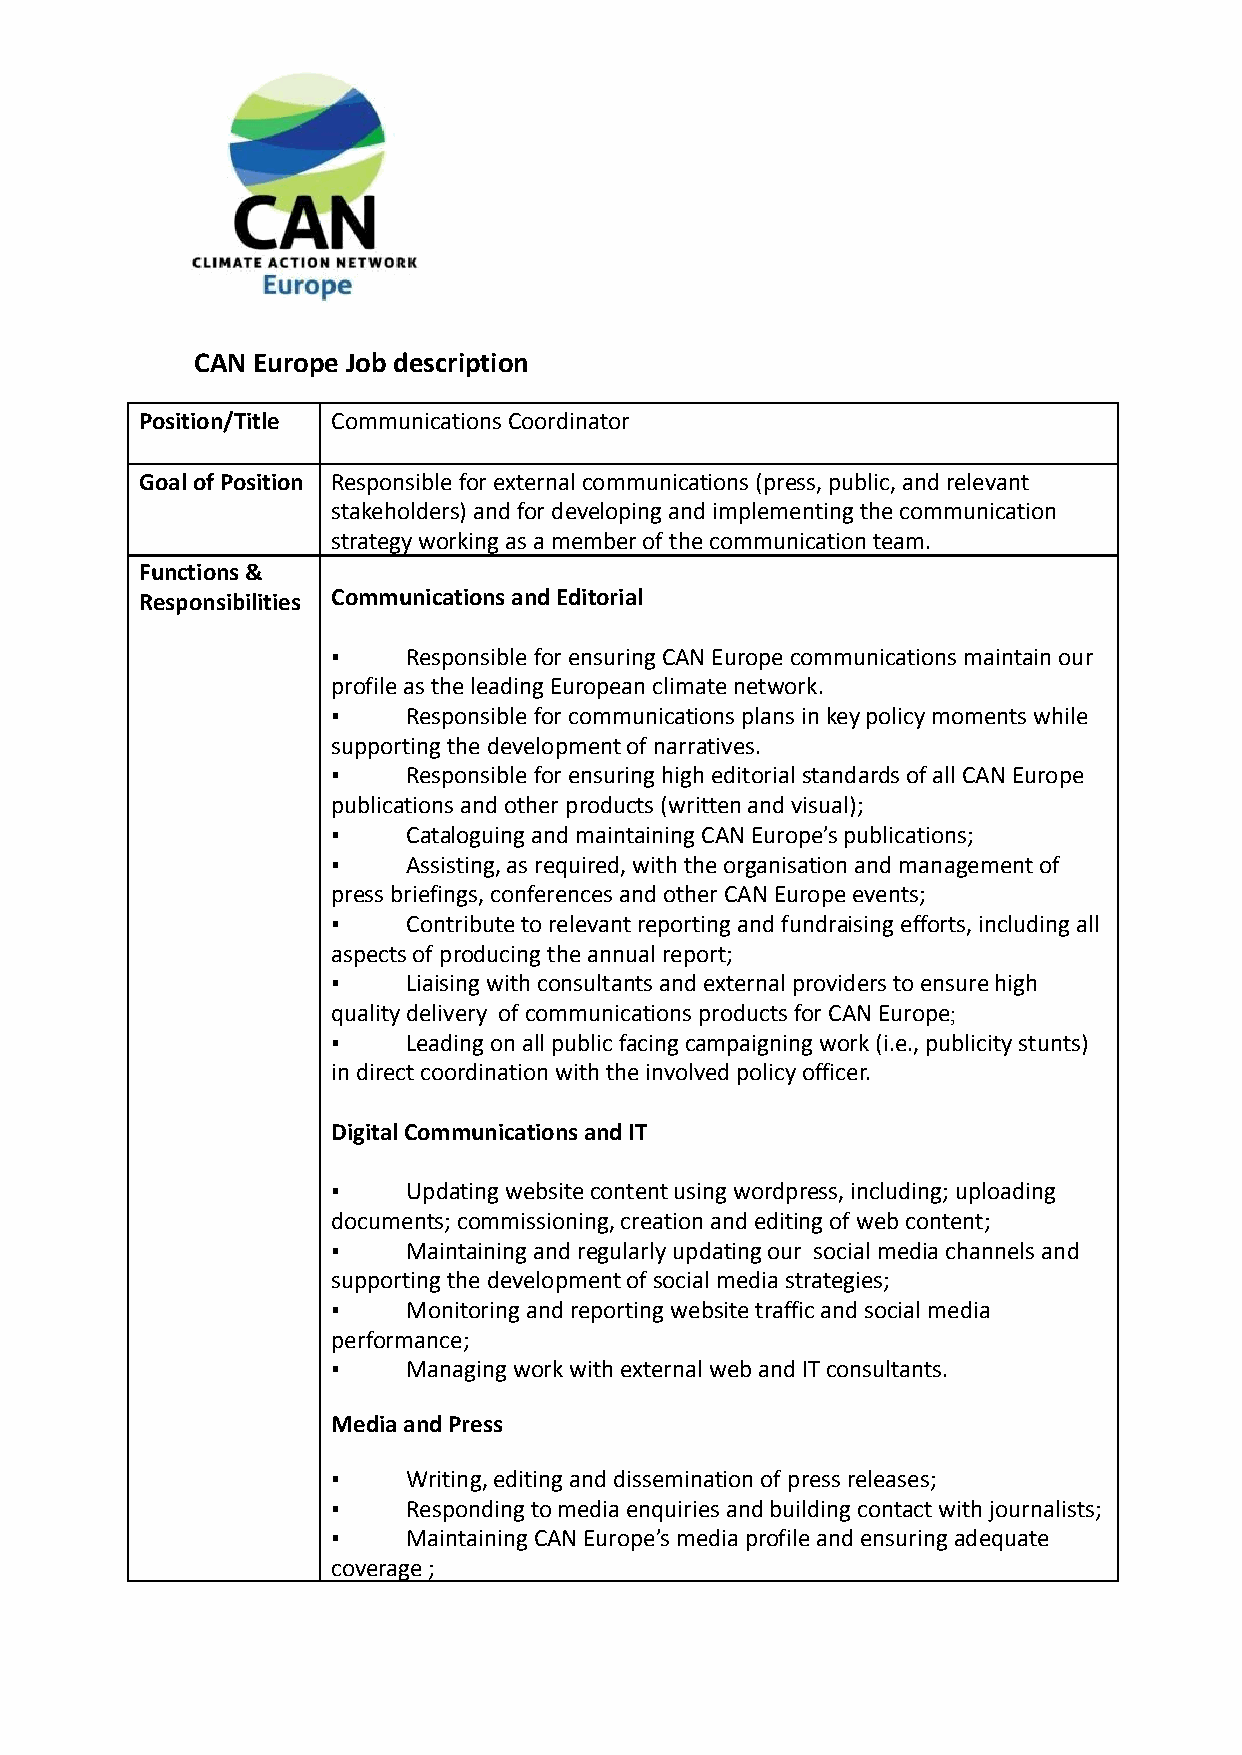
CAN Europe Job description
 Position/Title Communications Coordinator
 Goal of Position Responsible for external communications (press, public, and relevant
 stakeholders) and for developing and implementing the communication
 strategy working as a member of the communication team.
 Functions &
 Responsibilities Communications and Editorial
 ▪    Responsible for ensuring CAN Europe communications maintain our
 profile as the leading European climate network.
 ▪    Responsible for communications plans in key policy moments while
 supporting the development of narratives.
 ▪    Responsible for ensuring high editorial standards of all CAN Europe
 publications and other products (written and visual);
 ▪    Cataloguing and maintaining CAN Europe’s publications;
 ▪    Assisting, as required, with the organisation and management of
 press briefings, conferences and other CAN Europe events;
 ▪    Contribute to relevant reporting and fundraising efforts, including all
 aspects of producing the annual report;
 ▪    Liaising with consultants and external providers to ensure high
 quality delivery of communications products for CAN Europe;
 ▪    Leading on all public facing campaigning work (i.e., publicity stunts)
 in direct coordination with the involved policy officer.
 Digital Communications and IT
 ▪    Updating website content using wordpress, including; uploading
 documents; commissioning, creation and editing of web content;
 ▪    Maintaining and regularly updating our social media channels and
 supporting the development of social media strategies;
 ▪    Monitoring and reporting website traffic and social media
 performance;
 ▪    Managing work with external web and IT consultants.
 Media and Press
 ▪    Writing, editing and dissemination of press releases;
 ▪    Responding to media enquiries and building contact with journalists;
 ▪    Maintaining CAN Europe’s media profile and ensuringadequate
 coverage;